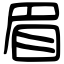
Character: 眉